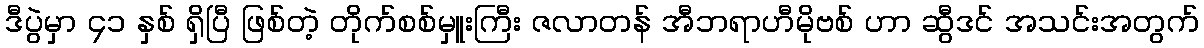
ဒီပွဲမှာ ၄၁ နှစ် ရှိပြီ ဖြစ်တဲ့ တိုက်စစ်မှူးကြီး ဇလာတန် အီဘရာဟီမိုဗစ် ဟာ ဆွီဒင် အသင်းအတွက်